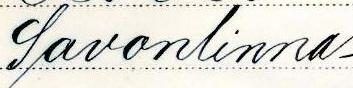
Savonlinna